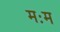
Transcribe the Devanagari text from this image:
मःम